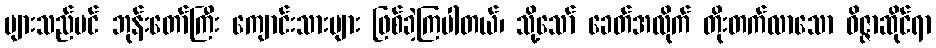
များသည်ပင် ဘုန်းတော်ကြီး ကျောင်းသားများ ဖြစ်ခဲ့ကြပါတယ်၊ သို့သော် ခေတ်အလိုက် တိုးတက်လာသော ဝိဇ္ဇာဆိုင်ရာ